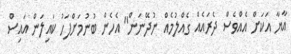
އާޔާ އަކަށް އެއްވެސް ދެރައެއް ގެއްލުމެއް ނުދޭނަން" އެހެން ބުނުމަށްފަހު ކައިލަން އައިސް